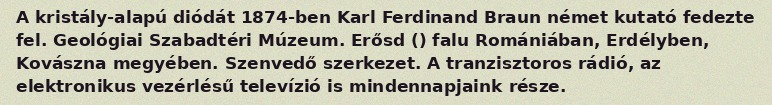
A kristály-alapú diódát 1874-ben Karl Ferdinand Braun német kutató fedezte fel. Geológiai Szabadtéri Múzeum. Erősd () falu Romániában, Erdélyben, Kovászna megyében. Szenvedő szerkezet. A tranzisztoros rádió, az elektronikus vezérlésű televízió is mindennapjaink része.